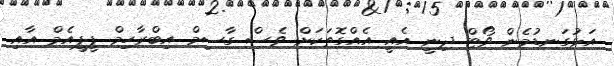
އަޅުގަނޑުމެން ވޯޓް ދިނީ އެއީ އެއްގޮތަކަށް ވެސް ގާސިމް އިބްރާހިމް ޕީޕީއެމް އާއި